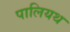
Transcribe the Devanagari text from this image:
पालियथ